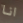
انا